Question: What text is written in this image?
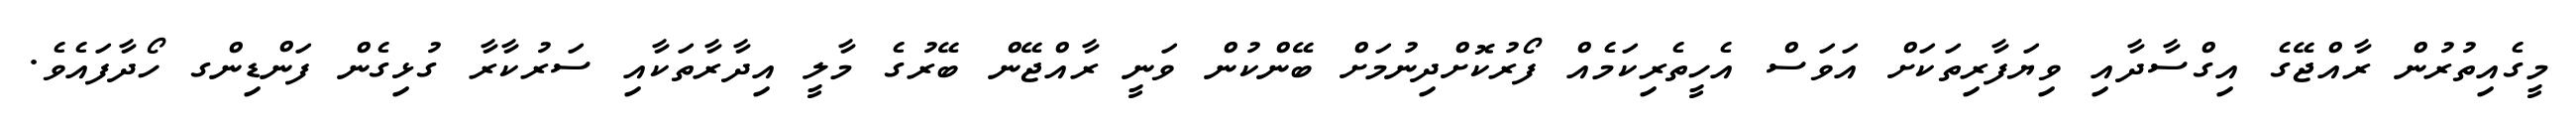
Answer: މީގެއިތުރުން ރާއްޖޭގެ އިގްސާދާއި ވިޔަފާރިތަކަށް އަވަސް އެހީތެރިކަމެއް ފޯރުކޮށްދިނުމަށް ބޭންކުން ވަނީ ރާއްޖޭން ބޭރުގެ މާލީ އިދާރާތަކާއި ސަރުކާރާ ގުޅިގެން ފަންޑިންގ ހޯދާފައެވެ.